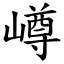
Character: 嶟